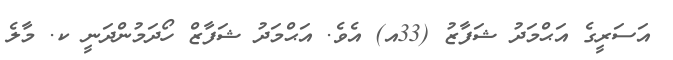
އަސަރީގެ އަޙްމަދު ޝަފާޒު (33އ) އެވެ. އަޙްމަދު ޝަފާޒް ހޯދަމުންދަނީ ކ. މާލެ